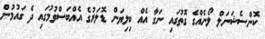
ކޮންސެޝަނަލް ލޯނެއްގެ ގޮތުގައި ނަގާ އެއް ބިލިޔަން ޑޮލަރުގެ އެއްބަސްވުމުގައި ދެ ގައުމުން